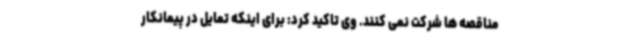
مناقصه ها شرکت نمی کنند. وی تاکید کرد: برای اینکه تمایل در پیمانکار